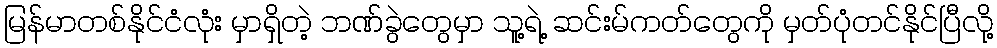
မြန်မာတစ်နိုင်ငံလုံး မှာရှိတဲ့ ဘဏ်ခွဲတွေမှာ သူ့ရဲ့ ဆင်းမ်ကတ်တွေကို မှတ်ပုံတင်နိုင်ပြီလို့